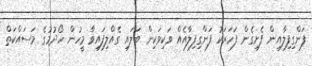
ފަންގިފިލާއިން ފެށިގެން ފަހަރަކު ފަންގިފިލާއެއް ވަކިވަކިން ބަލައި ގެއްލިފައިވާ މީހުން ހޯދުމުގެ މަސައްކަތް